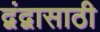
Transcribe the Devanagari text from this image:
द्वंद्वासाठी